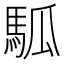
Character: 𩢍